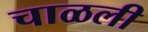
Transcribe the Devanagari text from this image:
चाळली